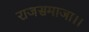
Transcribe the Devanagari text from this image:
राजसमाजा।।